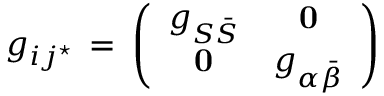
g _ { i j ^ { \star } } \, = \, \left( \begin{array} { c c } { { g _ { S \bar { S } } } } & { { { \bf 0 } } } \\ { { { \bf 0 } } } & { { g _ { \alpha \bar { \beta } } } } \end{array} \right)